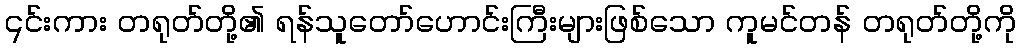
၎င်းကား တရုတ်တို့၏ ရန်သူတော်ဟောင်းကြီးများဖြစ်သော ကူမင်တန် တရုတ်တို့ကို